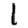
Digit: 1